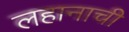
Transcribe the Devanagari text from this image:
लहानाची